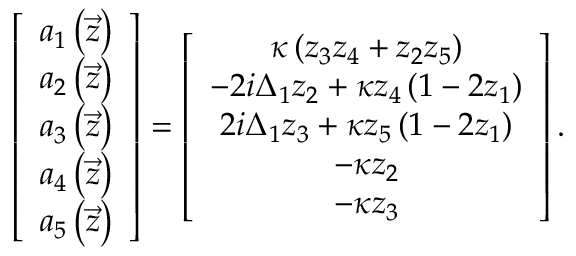
\left[ \begin{array} { c } { a _ { 1 } \left( \vec { z } \right) } \\ { a _ { 2 } \left( \vec { z } \right) } \\ { a _ { 3 } \left( \vec { z } \right) } \\ { a _ { 4 } \left( \vec { z } \right) } \\ { a _ { 5 } \left( \vec { z } \right) } \end{array} \right] = \left[ \begin{array} { c } { \kappa \left( z _ { 3 } z _ { 4 } + z _ { 2 } z _ { 5 } \right) } \\ { - 2 i \Delta _ { 1 } z _ { 2 } + \kappa z _ { 4 } \left( 1 - 2 z _ { 1 } \right) } \\ { 2 i \Delta _ { 1 } z _ { 3 } + \kappa z _ { 5 } \left( 1 - 2 z _ { 1 } \right) } \\ { - \kappa z _ { 2 } } \\ { - \kappa z _ { 3 } } \end{array} \right] .